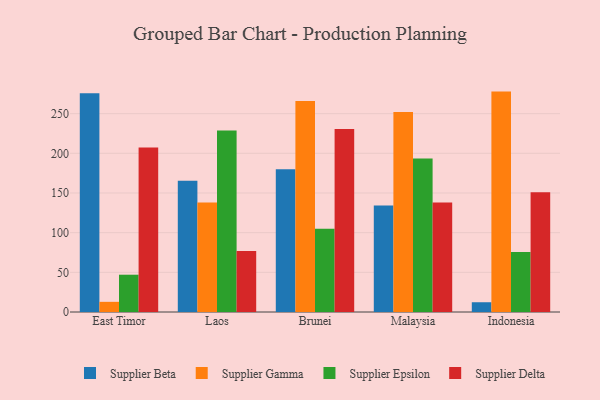
{"axis": {"x": "Country", "y": "LTV (USD)"}, "legend": ["Supplier Beta", "Supplier Delta", "Supplier Epsilon", "Supplier Gamma"], "data": [{"x": "East Timor", "y": 275.8, "type": "Supplier Beta"}, {"x": "East Timor", "y": 12.8, "type": "Supplier Gamma"}, {"x": "East Timor", "y": 47.0, "type": "Supplier Epsilon"}, {"x": "East Timor", "y": 207.4, "type": "Supplier Delta"}, {"x": "Laos", "y": 165.3, "type": "Supplier Beta"}, {"x": "Laos", "y": 138.1, "type": "Supplier Gamma"}, {"x": "Laos", "y": 228.9, "type": "Supplier Epsilon"}, {"x": "Laos", "y": 76.8, "type": "Supplier Delta"}, {"x": "Brunei", "y": 179.9, "type": "Supplier Beta"}, {"x": "Brunei", "y": 265.9, "type": "Supplier Gamma"}, {"x": "Brunei", "y": 104.9, "type": "Supplier Epsilon"}, {"x": "Brunei", "y": 230.7, "type": "Supplier Delta"}, {"x": "Malaysia", "y": 134.1, "type": "Supplier Beta"}, {"x": "Malaysia", "y": 252.2, "type": "Supplier Gamma"}, {"x": "Malaysia", "y": 193.6, "type": "Supplier Epsilon"}, {"x": "Malaysia", "y": 138.1, "type": "Supplier Delta"}, {"x": "Indonesia", "y": 12.3, "type": "Supplier Beta"}, {"x": "Indonesia", "y": 277.8, "type": "Supplier Gamma"}, {"x": "Indonesia", "y": 75.7, "type": "Supplier Epsilon"}, {"x": "Indonesia", "y": 150.8, "type": "Supplier Delta"}]}